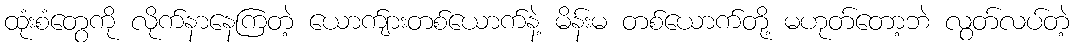
ထုံးစံတွေကို လိုက်နာနေကြတဲ့ ယောက်ျားတစ်ယောက်နဲ့ မိန်းမ တစ်ယောက်တို့ မဟုတ်တော့ဘဲ လွတ်လပ်တဲ့